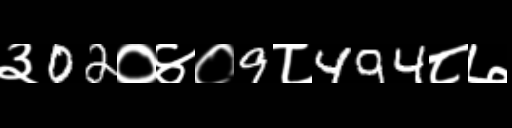
Text: ३02०४०9८494८७